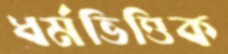
ধর্মভিত্তিক